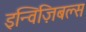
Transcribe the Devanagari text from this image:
इन्विज़िबल्स